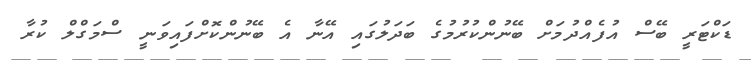
ޑަކްޓަރީ ބޭސް އުފެއްދުމަށް ބޭނުންކުރުމުގެ ބަދަލުގައި އޭނާ އެ ބޭނުންކޮށްފައިވަނީ ސްމަގްލް ކުރާ